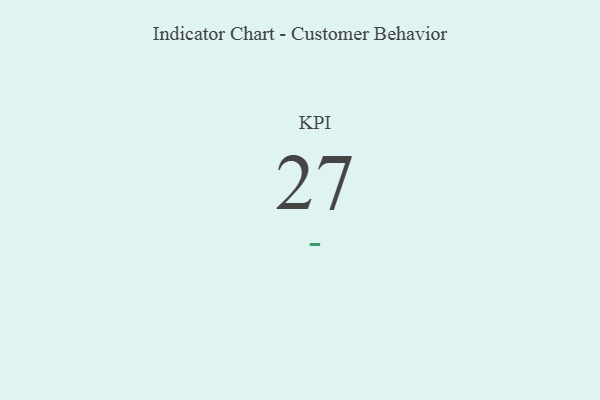
{"axis": {"x": "KPI", "y": "Value"}, "legend": [""], "data": [{"x": "KPI", "y": 27, "type": ""}]}